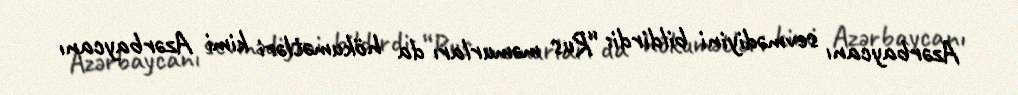
Azərbaycanı sevmədiyini bildirdi: “Rus məmurları da hökumətləri kimi Azərbaycanı